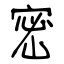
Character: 密